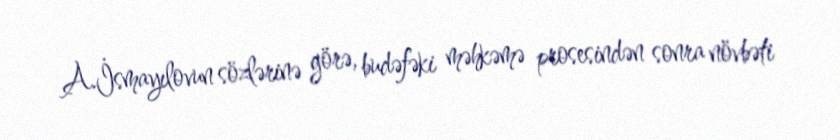
A.İsmayılovun sözlərinə görə, budəfəki məhkəmə prosesindən sonra növbəti